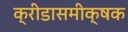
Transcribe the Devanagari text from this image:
क्रीडासमीक्षक